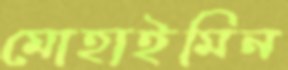
মোহাইমিন